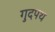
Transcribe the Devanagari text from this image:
गुदपथ